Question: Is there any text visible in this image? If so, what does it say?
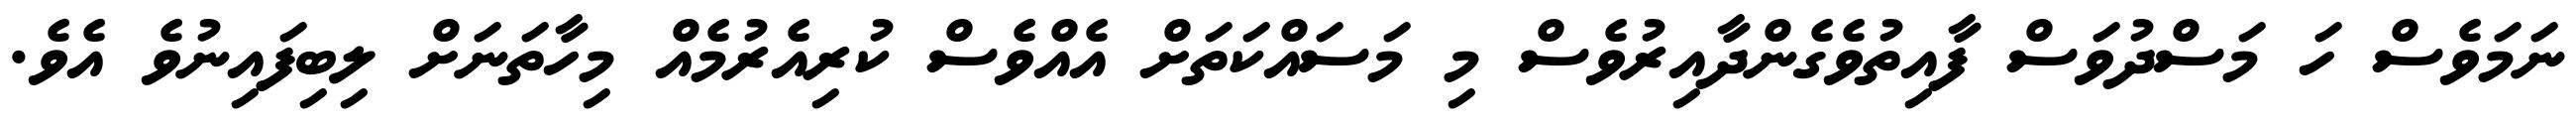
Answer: ނަމަވެސް ހަ މަސްދުވަސް ފާއިތުވެގެންދާއިރުވެސް މި މަސައްކަތަށް އެއްވެސް ކުރިއެރުމެއް މިހާތަނަށް ލިބިފައިނުވެ އެވެ.